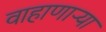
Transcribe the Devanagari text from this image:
वाहाणाऱ्या